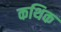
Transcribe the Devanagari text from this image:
कथिक